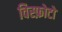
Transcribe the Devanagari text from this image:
विस्फ़ोटो